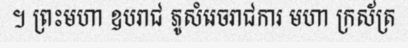
។ ព្រះមហា ឧបរាជ ភូសំរេចរាជការ មហា ក្រស័ត្រ